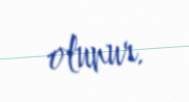
olunur.